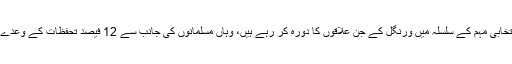
بتایا جاتاہے کہ ریاستی وزراء انتخابی مہم کے سلسلہ میں ورنگل کے جن علاقوں کا دورہ کر رہے ہیں، وہاں مسلمانوں کی جانب سے 12 فیصد تحفظات کے وعدے کی یاد دہانی کرائی جارہی ہے ۔